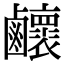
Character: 𪊉